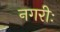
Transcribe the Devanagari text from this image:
नगरीः